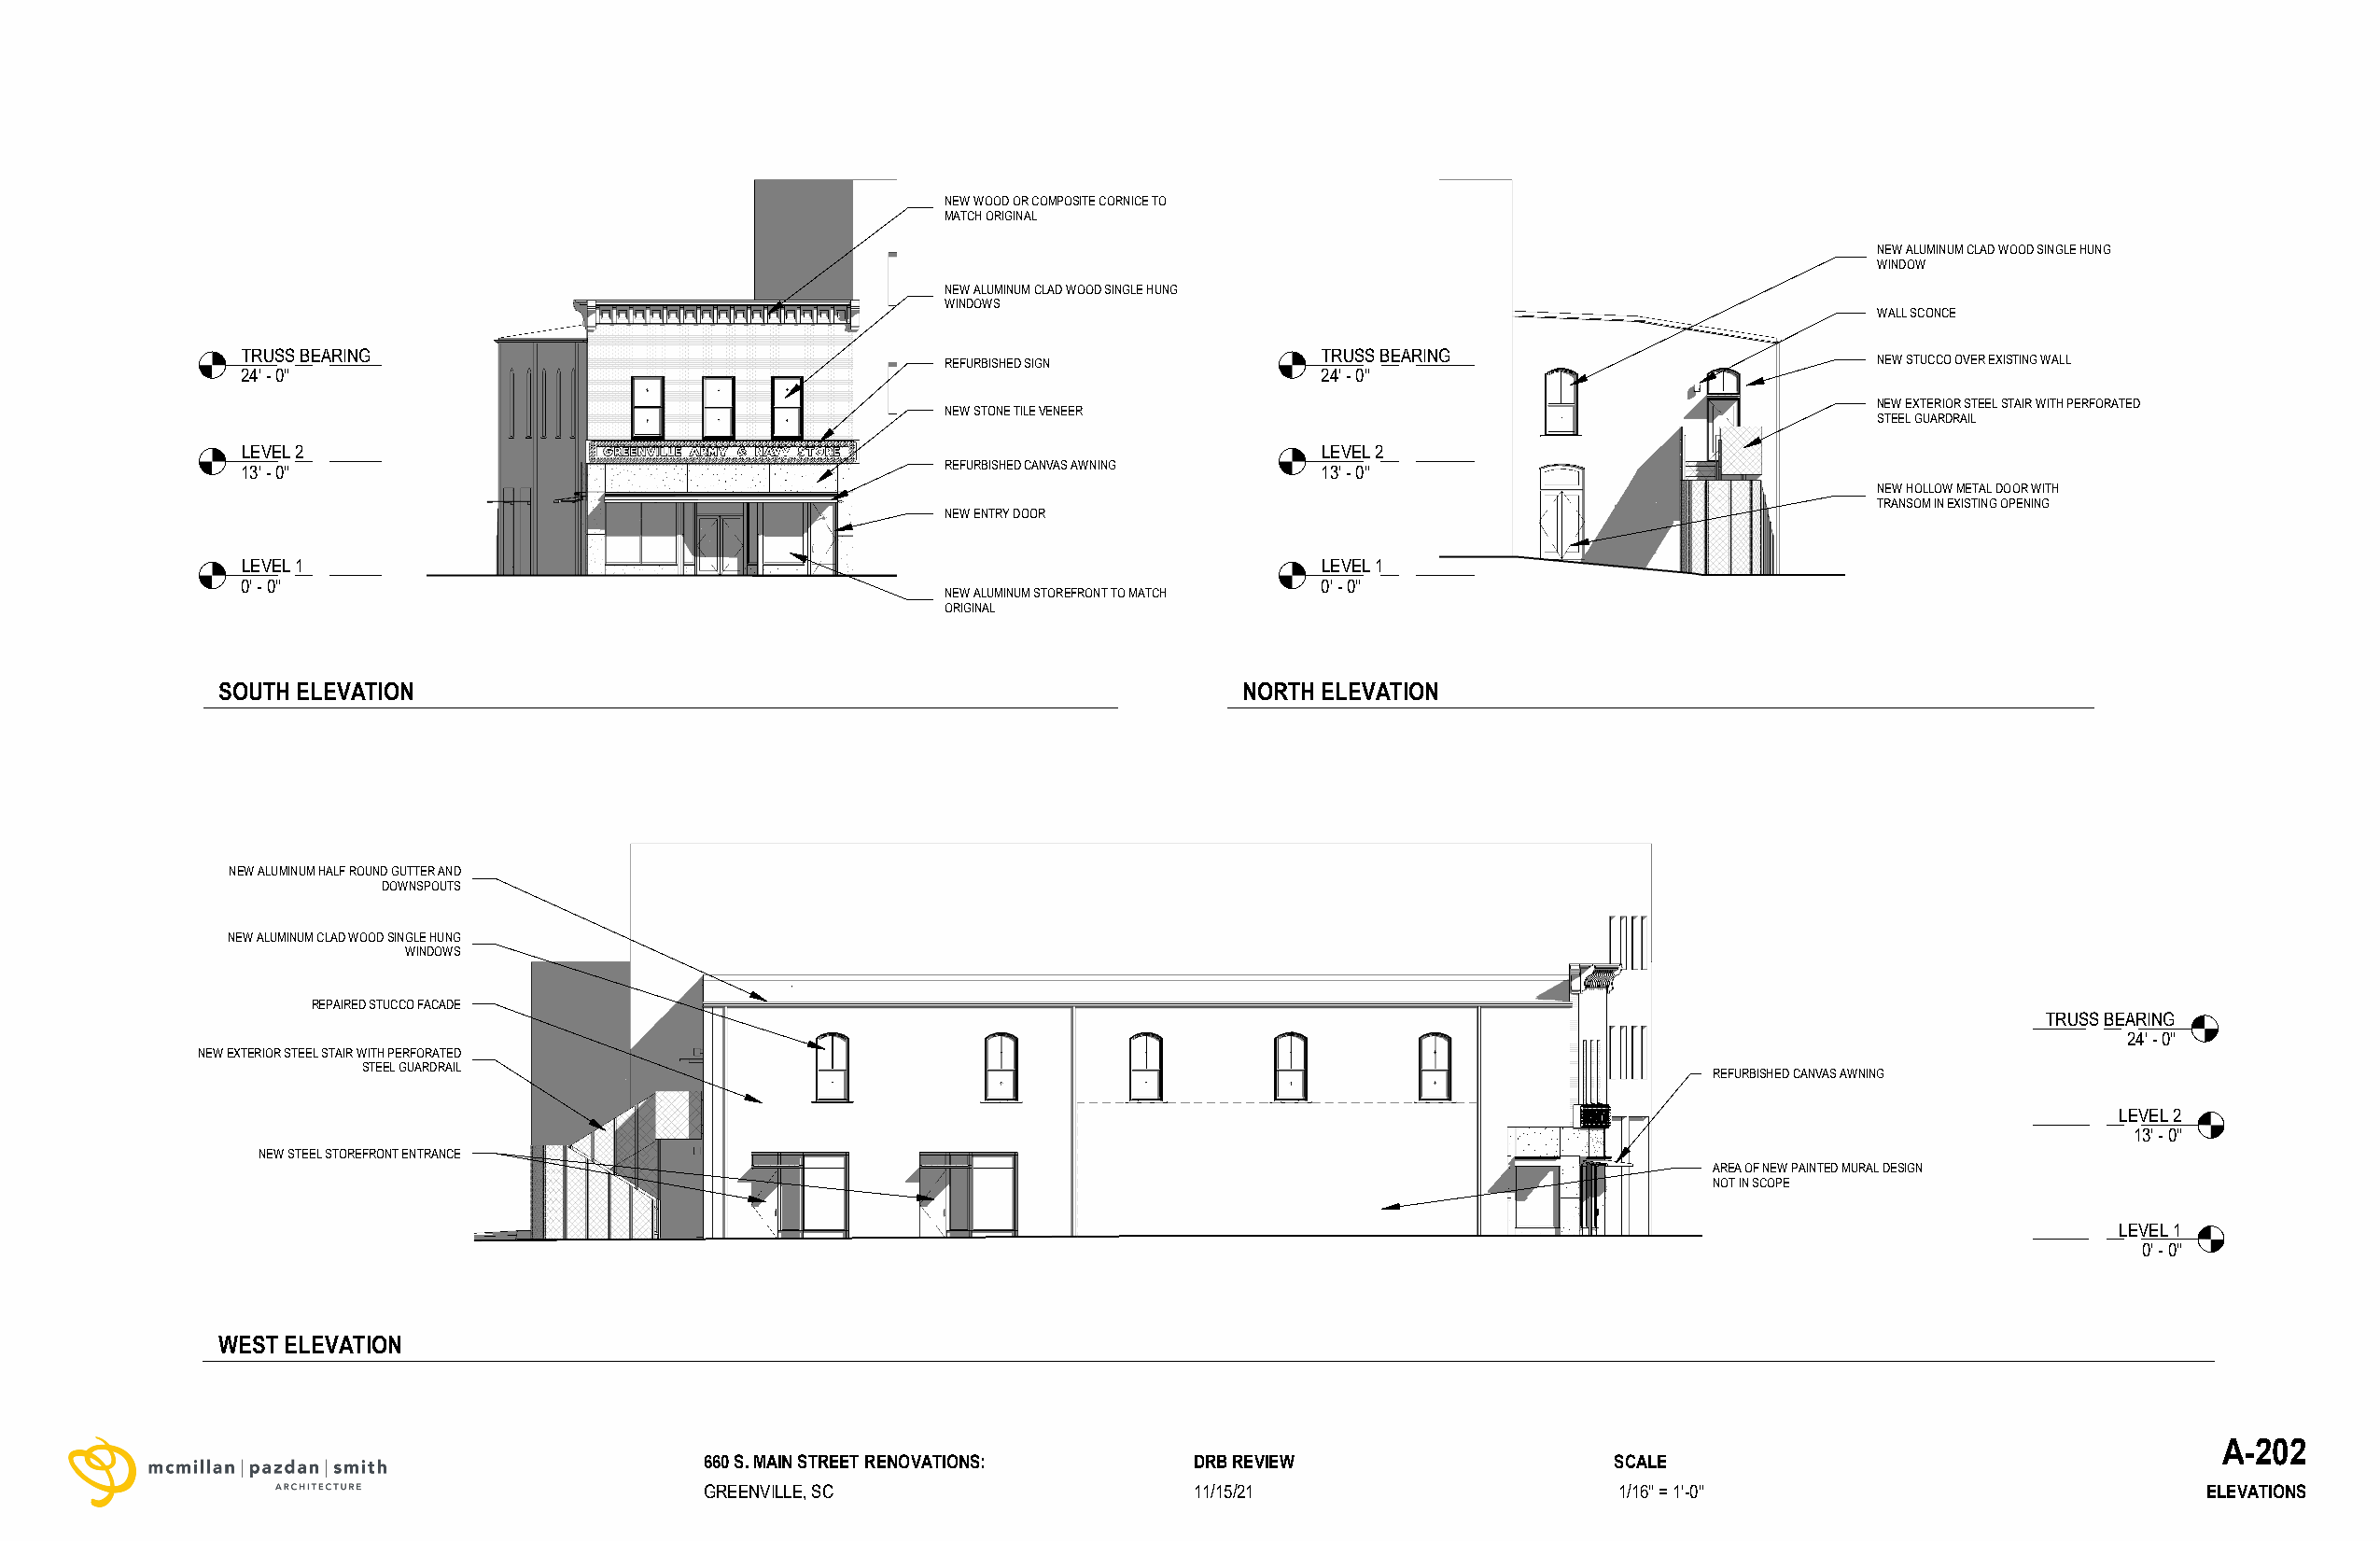
NEW WOOD OR COMPOSITE CORNICE TO
 MATCH ORIGINAL
 NEW ALUMINUM CLAD WOOD SINGLE HUNG
 WINDOW
 NEW ALUMINUM CLAD WOOD SINGLE HUNG
 WINDOWS
 WALL SCONCE
 TRUSS BEARING                                                                TRUSS BEARING
 REFURBISHED SIGN                                                  NEW STUCCO OVER EXISTING WALL
 24' -0"                                                                      24' -0"
 NEW EXTERIOR STEEL STAIR WITH PERFORATED
 NEW STONE TILE VENEER
 STEEL GUARDRAIL
 LEVEL 2                                                                      LEVEL 2
 13' -0"                                           REFURBISHED CANVAS AWNING  13' -0"
 NEW HOLLOW METAL DOOR WITH
 TRANSOM IN EXISTING OPENING
 NEW ENTRY DOOR
 LEVEL 1                                                                      LEVEL 1
 0' -0"                                                                       0' -0"
 NEW ALUMINUM STOREFRONT TO MATCH
 ORIGINAL
 SOUTH ELEVATION                                                          NORTH ELEVATION
 NEW ALUMINUM HALF ROUND GUTTER AND
 DOWNSPOUTS
 NEW ALUMINUM CLAD WOOD SINGLE HUNG
 WINDOWS
 REPAIRED STUCCO FACADE
 TRUSS BEARING
 24' -0"
 NEW EXTERIOR STEEL STAIR WITH PERFORATED
 STEEL GUARDRAIL
 REFURBISHED CANVAS AWNING
 LEVEL 2
 13' -0"
 NEW STEEL STOREFRONT ENTRANCE
 AREA OF NEW PAINTED MURAL DESIGN
 NOT IN SCOPE
 LEVEL 1
 0' -0"
 WEST ELEVATION
 A-202
 660 S. MAIN STREET RENOVATIONS:    DRB REVIEW                    SCALE
 GREENVILLE, SC                     11/15/21                      1/16" = 1'-0"                             ELEVATIONS